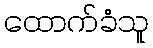
ထောက်ခံသူ